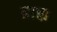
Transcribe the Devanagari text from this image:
ब्राह्य